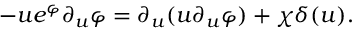
- u e ^ { \varphi } \partial _ { u } \varphi = \partial _ { u } ( u \partial _ { u } \varphi ) + \chi \delta ( u ) .